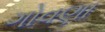
ગોવણા